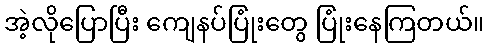
အဲ့လိုပြောပြီး ကျေနပ်ပြုံးတွေ ပြုံးနေကြတယ်။